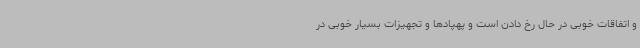
و اتفاقات خوبی در حال رخ دادن است و پهپادها و تجهیزات بسیار خوبی در